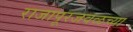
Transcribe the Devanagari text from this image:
राजापूरजवळच्या